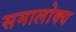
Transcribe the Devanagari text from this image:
समालोक्य